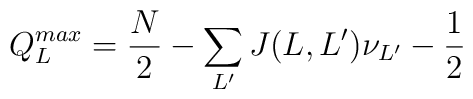
Q_{L}^{max}=\frac{N}{2}-\sum_{L'}J(L,L')\nu_{L'}-\frac{1}{2}